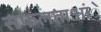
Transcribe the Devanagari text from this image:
सफलताआंे